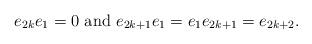
LaTeX: \begin{align*} e_{2k} e_1 =0 \ \mbox{and} \ e_{2k+1} e_1=e_1 e_{2k+1}=e_{2k+2}.\end{align*}